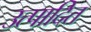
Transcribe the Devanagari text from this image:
उत्पादित